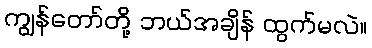
ကျွန်တော်တို့ ဘယ်အချိန် ထွက်မလဲ။